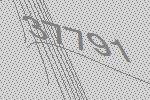
37791